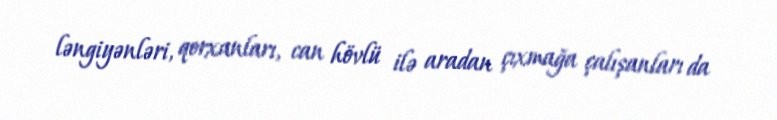
ləngiyənləri, qorxanları, can hövlü ilə aradan çıxmağa çalışanları da